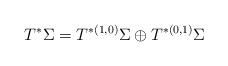
LaTeX: \begin{align*}T^{*}\Sigma=T^{*(1,0)}\Sigma\oplus T^{*(0,1)}\Sigma\end{align*}